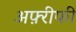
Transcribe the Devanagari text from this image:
अफ़्रीफी